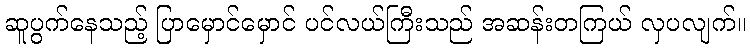
ဆူပွက်နေသည့် ပြာမှောင်မှောင် ပင်လယ်ကြီးသည် အဆန်းတကြယ် လှပလျက်။